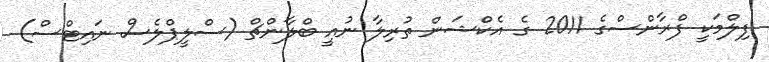
ފިލްމަކީ ފްރާންސްގެ 2011 ގެ އެކްޝަން ތުރިލާ ނުއީ ބްލާންޗް (ސްލީޕްލެސް ނައިޓްސް)